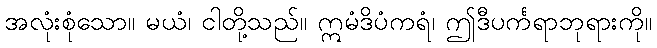
အလုံးစုံသော။ မယံ၊ ငါတို့သည်။ ဣမံဒိပံကရံ၊ ဤဒီပင်္ကရာဘုရားကို။